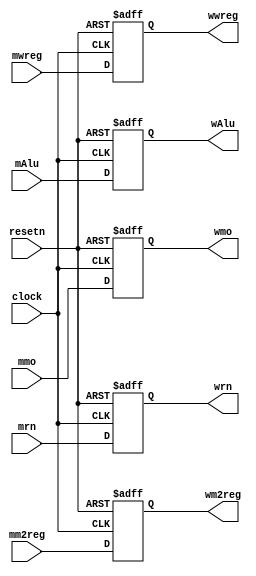
module pipemwreg( mwreg,mm2reg,mmo,mAlu,mrn,clock,resetn,
							wwreg,wm2reg,wmo,wAlu,wrn); // MEM/WB 
	input mwreg,mm2reg;
	input [31:0] mAlu,mmo;
	input [4:0] mrn;
	input clock,resetn;
	
	output reg wwreg,wm2reg;
	output reg [31:0] wAlu,wmo;
	output reg [4:0] wrn;
	
	always @(negedge resetn or posedge clock)
		if(resetn==0)
			begin
				wwreg<=0;
				wm2reg<=0;
				wAlu<=0;
				wmo<=0;
				wrn<=0;
			end
		else
			begin
				wwreg<=mwreg;
				wm2reg<=mm2reg;
				wAlu<=mAlu;
				wmo<=mmo;
				wrn<=mrn;
			end
endmodule